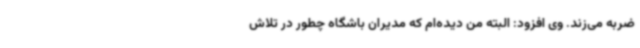
ضربه می‌زند. وی افزود: البته من دیده‌ام که مدیران باشگاه چطور در تلاش